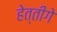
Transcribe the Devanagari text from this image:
हेत्तीगे